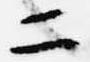
二